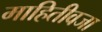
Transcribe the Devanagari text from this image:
माहितीवजा